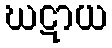
ဃဋာယ